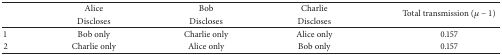
<table><thead><tr><td><b> </b></td><td><b> Alice </b></td><td><b> Bob </b></td><td><b> Charlie </b></td><td rowspan="2"><b> Total transmission (μ − 1) </b></td></tr><tr><td><b> </b></td><td><b> Discloses </b></td><td><b> Discloses </b></td><td><b> Discloses </b></td></tr></thead><tbody><tr><td> 1 </td><td> Bob only </td><td> Charlie only </td><td> Alice only </td><td> 0.157 </td></tr><tr><td>2 </td><td> Charlie only </td><td> Alice only </td><td> Bob only </td><td> 0.157 </td></tr></tbody></table>